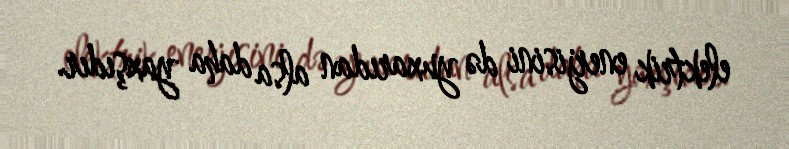
elektrik enerjisini də yuxarıdan alsa daha yaxşıdır.